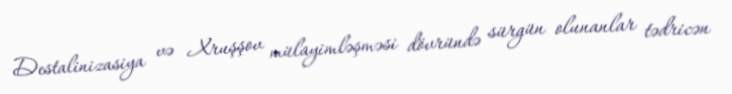
Destalinizasiya və Xruşşov mülayimləşməsi dövründə sürgün olunanlar tədricən